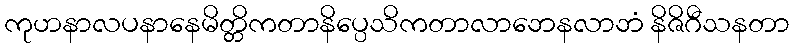
ကုဟနာလပနာနေမိတ္တိကတာနိပ္ပေသိကတာလာဘေနလာဘံ နိဇိဂီသနတာ